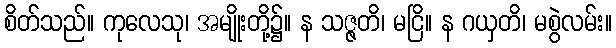
စိတ်သည်။ ကုလေသု၊ အမျိုးတို့၌။ န သဇ္ဇတိ၊ မငြိ။ န ဂယှတိ၊ မစွဲလမ်း။